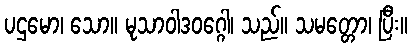
ပဌမော၊ သော။ မုသာဝါဒဝဂ္ဂေါ၊ သည်။ သမတ္တော၊ ပြီး။